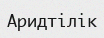
Аридтілік